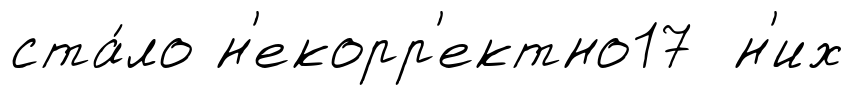
ста́ло н'екорр'ектно17 н'их